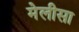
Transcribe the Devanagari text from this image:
मेलीसा